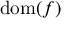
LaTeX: \operatorname { d o m } ( f )